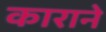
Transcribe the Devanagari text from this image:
काराने